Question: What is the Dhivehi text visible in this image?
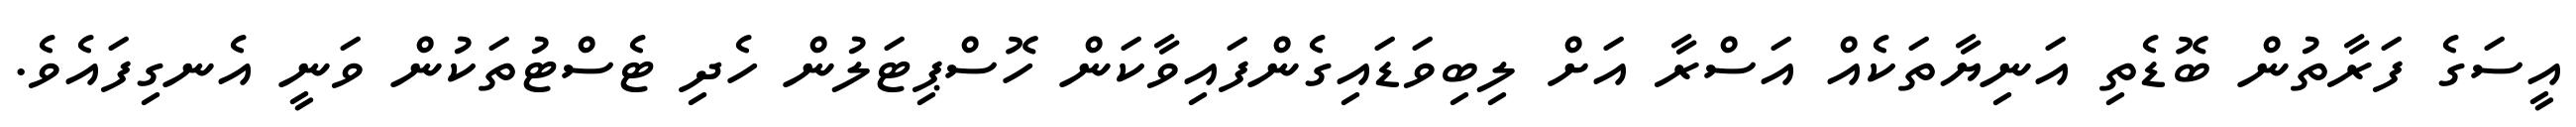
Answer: އީސަގެ ފަރާތުން ބޮޑެތި އަނިޔާތަކެއް އަސްރާ އަށް ލިބިވަޑައިގެންފައިވާކަން ހޮސްޕިޓަލުން ހެދި ޓެސްޓުތަކުން ވަނީ އެނގިފައެވެ.